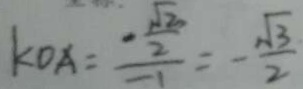
k O A = \frac { - \frac { \sqrt { 2 } } { 2 } } { - 1 } = - \frac { \sqrt { 3 } } { 2 }